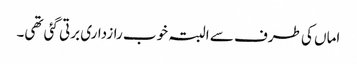
اماں کی طرف سے البتہ خوب رازداری برتی گئی تھی۔